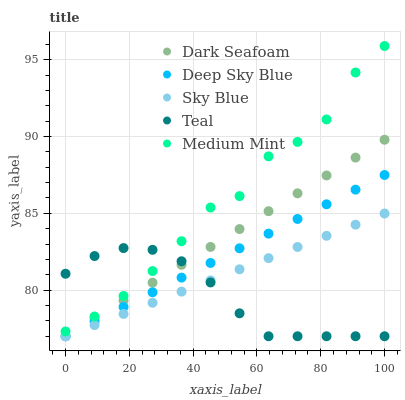
| xaxis_label | Dark Seafoam | Deep Sky Blue | Sky Blue | Teal | Medium Mint |
 | --- | --- | --- | --- | --- | --- |
 | 0 | 77 | 77 | 77 | 81.1 | 77.3 |
 | 9.09 | 78.2 | 78 | 77.7 | 82.2 | 78.3 |
 | 18.2 | 79.3 | 78.9 | 78.5 | 82.7 | 79.6 |
 | 27.3 | 80.5 | 79.9 | 79.2 | 82.6 | 81.2 |
 | 36.4 | 81.7 | 80.8 | 79.9 | 81.9 | 83.2 |
 | 45.5 | 82.8 | 81.8 | 80.6 | 80.5 | 85.4 |
 | 54.5 | 84 | 82.7 | 81.4 | 78.5 | 86.1 |
 | 63.6 | 85.1 | 83.7 | 82.1 | 77 | 88.7 |
 | 72.7 | 86.3 | 84.6 | 82.8 | 77 | 89.6 |
 | 81.8 | 87.5 | 85.6 | 83.5 | 77 | 91.1 |
 | 90.9 | 88.6 | 86.5 | 84.3 | 77 | 94.2 |
 | 100 | 89.8 | 87.5 | 85 | 77 | 95.9 |